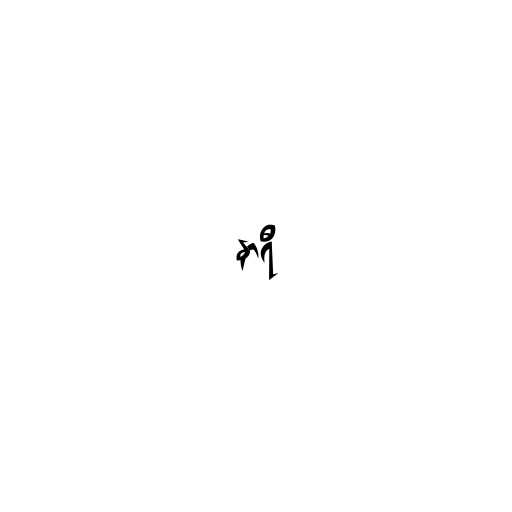
နာရီ